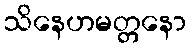
သိနေဟမတ္တနော